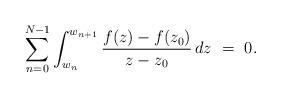
LaTeX: \begin{align*}\sum_{n=0}^{N-1}\int_{w_n}^{w_{n+1}} \frac{f(z)-f(z_0)}{z-z_0}\,dz \ = \ 0.\end{align*}